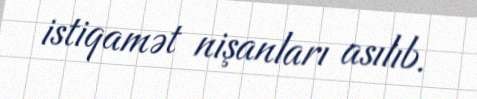
istiqamət nişanları asılıb.